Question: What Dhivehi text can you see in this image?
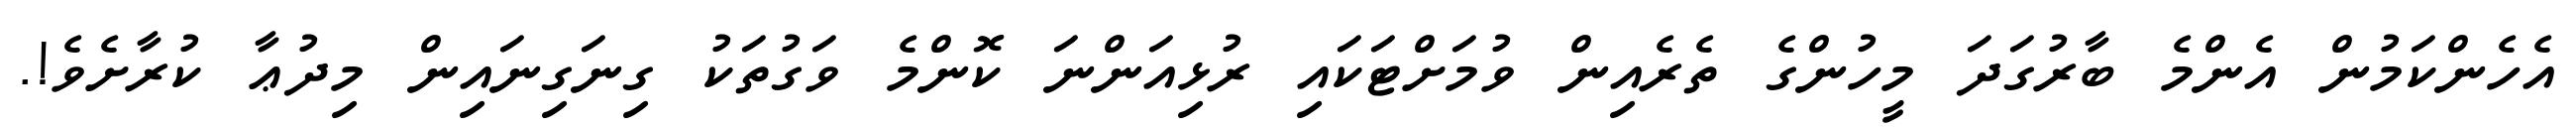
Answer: އެހެންކަމުން އެންމެ ބާރުގަދަ މީހުންގެ ތެރެއިން ވުމަށްޓަކައި ރުޅިއަންނަ ކޮންމެ ވަގުތަކު ގިނަގިނައިން މިދުޢާ ކުރާށެވެ!.